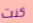
كنت